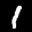
Label: 1